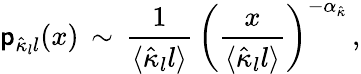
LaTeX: {\sf p}_{\hat{\kappa}_{l}l}(x)\, \sim\, \frac{1}{\langle\hat{\kappa}_{l}l\rangle}\, \left(\frac{x}{\langle\hat{\kappa}_{l}l\rangle}\right)^{-\alpha_{\hat{\kappa}}}\, ,